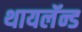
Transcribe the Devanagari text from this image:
थायलॅन्ड